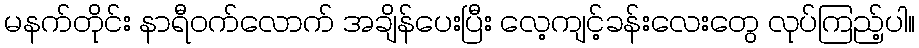
မနက်တိုင်း နာရီဝက်လောက် အချိန်ပေးပြီး လေ့ကျင့်ခန်းလေးတွေ လုပ်ကြည့်ပါ။